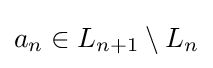
a_{n}\in L_{n+1}\setminus L_{n}